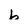
Character: b